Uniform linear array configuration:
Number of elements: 16
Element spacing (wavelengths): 0.25
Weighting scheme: cosine
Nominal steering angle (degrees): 60
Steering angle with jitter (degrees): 58.116
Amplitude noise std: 0.05
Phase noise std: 0.05

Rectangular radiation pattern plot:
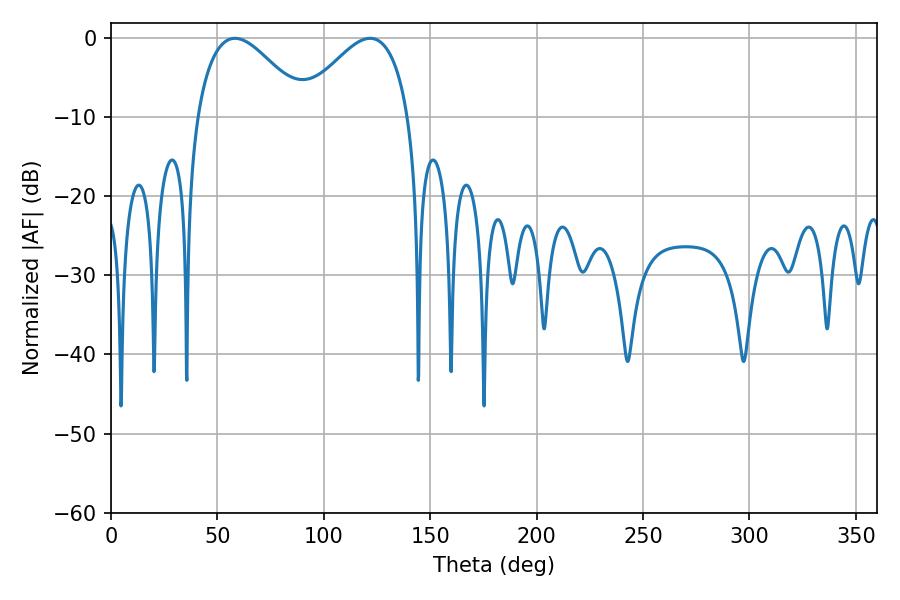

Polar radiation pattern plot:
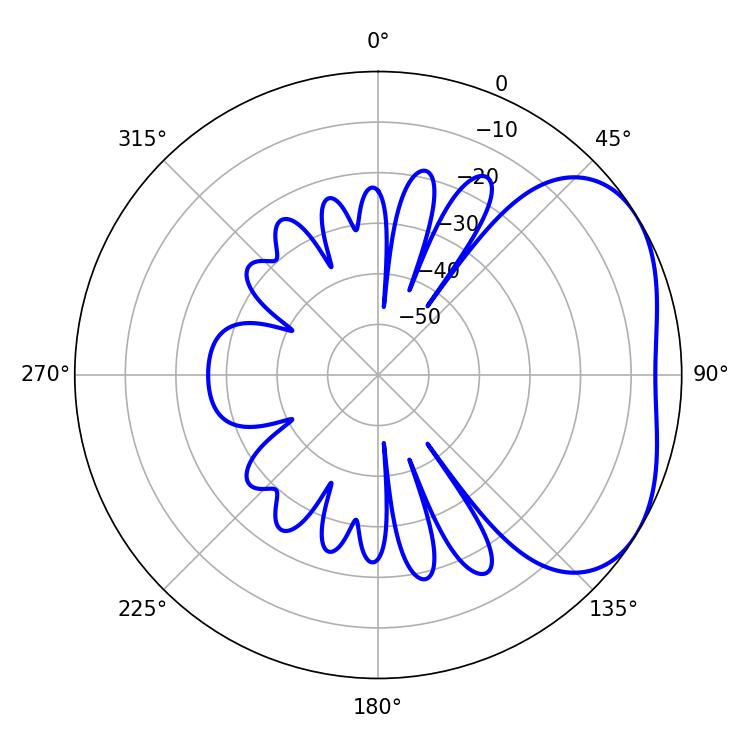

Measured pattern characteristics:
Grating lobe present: FALSE
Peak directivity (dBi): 3.417
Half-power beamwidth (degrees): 27.72
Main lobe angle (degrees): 58.32